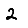
Digit: 2